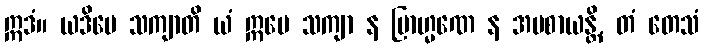
ဣဒံ။ ယဒိမေ သကျာတိ ယံ ဣမေ သကျာ န ဗြာဟ္မဏေ န အပစာယန္တိ, တံ တေသံ